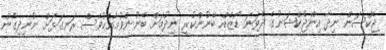
ޖެކްސަން ނިދާ އިންޖެކްޝަނުގެ ދެވަނަ ޑޯޒެއް ބޭނުންކުރީ ނިދުމަށް ބޭނުންވުމާއެކުވެސް ރަނގަޅަށް ނުނިދިގެން